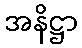
အနိဋ္ဌာ